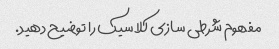
مفهوم شرطی سازی کلاسیک را توضیح دهید.